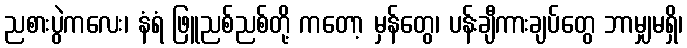
ညစားပွဲကလေး၊ နံရံ ဖြူညစ်ညစ်တို့ ကတော့ မှန်တွေ၊ ပန်းချီကားချပ်တွေ ဘာမျှမရှိ၊